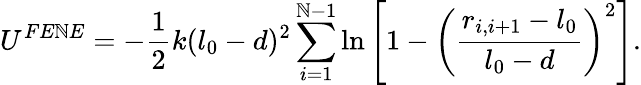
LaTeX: U^{FE\mathbb{N}E}=-\frac{{1}}{{2}}k(l_{0}-d)^{2}\sum_{i=1}^{\mathbb{N}-1}\ln\left[{1-\left(\frac{{r_{i,i+1}-l_{0}}}{{l_{0}-d}}\right)^{2}}\right].